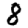
Digit: 8